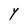
Character: Y